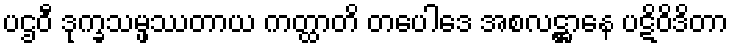
ပဌဝီ ဒုက္ခသမ္ဖဿတာယ ကတ္ထာတိ တပေါဒေ အစလဋ္ဌာနေ ပဋိဝိဒိတာ